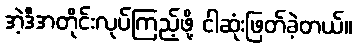
အဲ့ဒီအတိုင်းလုပ်ကြည့်ဖို့ ငါဆုံးဖြတ်ခဲ့တယ်။